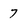
Character: 7